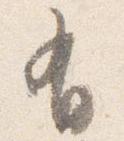
有